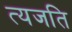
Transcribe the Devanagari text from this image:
त्यजति